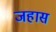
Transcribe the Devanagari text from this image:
जहास